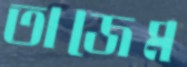
তাজেম